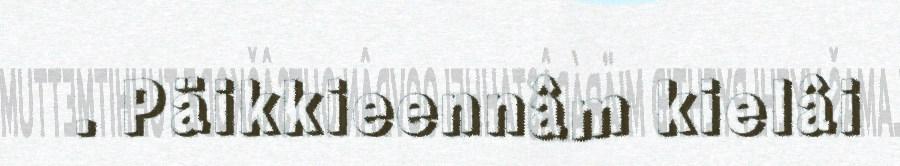
. Päikkieennâm kielâi